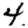
Digit: 4